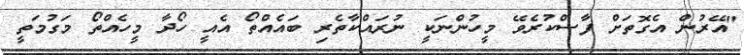
"އޭރުން އެގޮތަށް ފާސްކުރެވޭ މީހުންނަކީ ނުރައްކާތެރި ބައެއްތޯ އެއީ ހޯދާ މީހެއްތޯ މަގުމަތީ